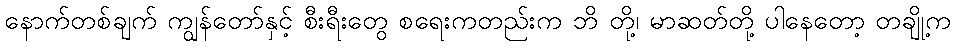
နောက်တစ်ချက် ကျွန်တော်နှင့် စီးရီးတွေ စရေးကတည်းက ဘိ တို့၊ မာဆတ်တို့ ပါနေတော့ တချို့က